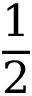
\frac 1 2